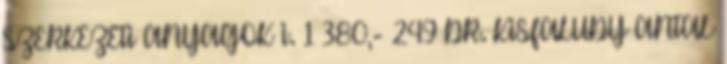
SZERKEZETI ANYAGOK I. 1 380,- 249 DR. KISFALUDY ANTAL